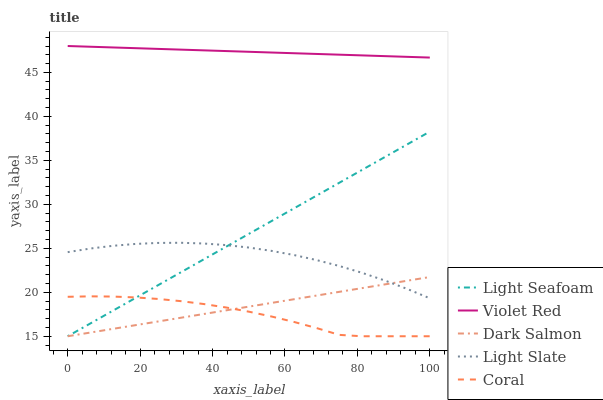
| xaxis_label | Light Seafoam | Violet Red | Dark Salmon | Light Slate | Coral |
 | --- | --- | --- | --- | --- | --- |
 | 0 | 15 | 48 | 15 | 24.6 | 19.5 |
 | 6.25 | 16.5 | 47.9 | 15.4 | 25 | 19.5 |
 | 12.5 | 17.9 | 47.8 | 15.8 | 25.3 | 19.5 |
 | 18.8 | 19.4 | 47.8 | 16.3 | 25.5 | 19.4 |
 | 25 | 20.8 | 47.7 | 16.7 | 25.6 | 19.2 |
 | 31.2 | 22.3 | 47.6 | 17.1 | 25.6 | 19 |
 | 37.5 | 23.7 | 47.5 | 17.5 | 25.5 | 18.7 |
 | 43.8 | 25.2 | 47.4 | 17.9 | 25.4 | 18.3 |
 | 50 | 26.6 | 47.3 | 18.4 | 25.1 | 17.8 |
 | 56.2 | 28.1 | 47.3 | 18.8 | 24.7 | 17.2 |
 | 62.5 | 29.5 | 47.2 | 19.2 | 24.2 | 16.6 |
 | 68.8 | 31 | 47.1 | 19.6 | 23.7 | 15.9 |
 | 75 | 32.5 | 47 | 20 | 23 | 15.2 |
 | 81.2 | 33.9 | 46.9 | 20.5 | 22.2 | 15 |
 | 87.5 | 35.4 | 46.9 | 20.9 | 21.3 | 15 |
 | 93.8 | 36.8 | 46.8 | 21.3 | 20.4 | 15 |
 | 100 | 38.3 | 46.7 | 21.7 | 19.3 | 15 |